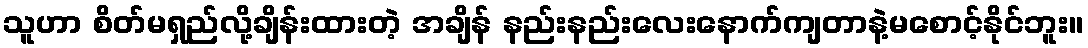
သူဟာ စိတ်မရှည်လို့ချိန်းထားတဲ့ အချိန် နည်းနည်းလေးနောက်ကျတာနဲ့မစောင့်နိုင်ဘူး။